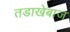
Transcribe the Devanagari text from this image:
तडाखेबाज